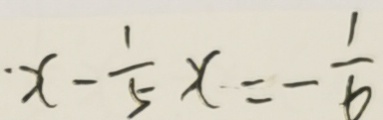
\cdot x - \frac { 1 } { 5 } x = - \frac { 1 } { 6 }